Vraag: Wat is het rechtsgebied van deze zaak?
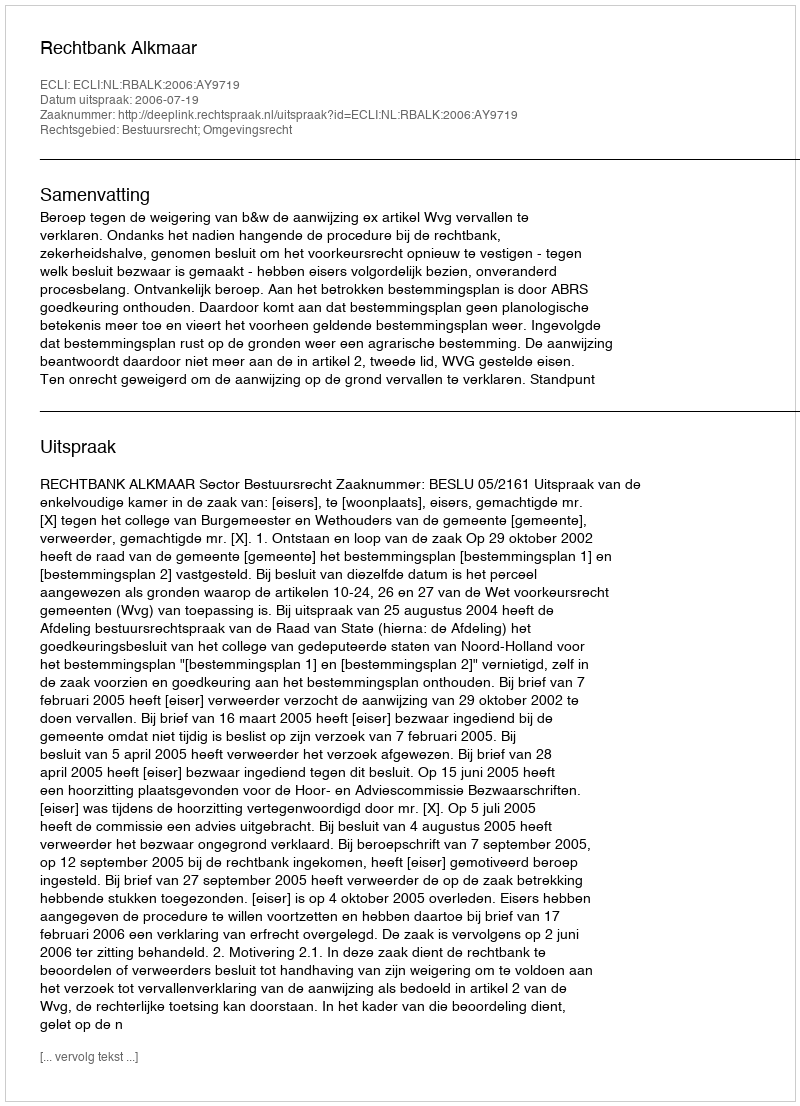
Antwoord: Bestuursrecht; Omgevingsrecht